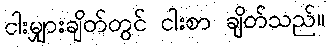
ငါးမျှားချိတ်တွင် ငါးစာ ချိတ်သည်။